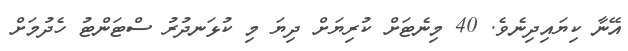
އޭނާ ކިޔައިދިނެވެ. 40 މިނެޓަށް ކުރިޔަށް ދިޔަ މި ކުޅަނދުރު ސްޓަންޓު ހެދުމަށް